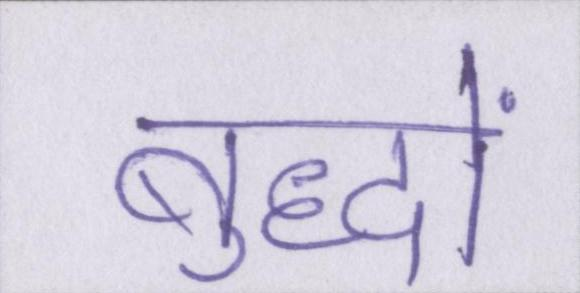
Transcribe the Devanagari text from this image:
बुद्धों